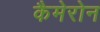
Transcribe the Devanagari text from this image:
कैमेरोन